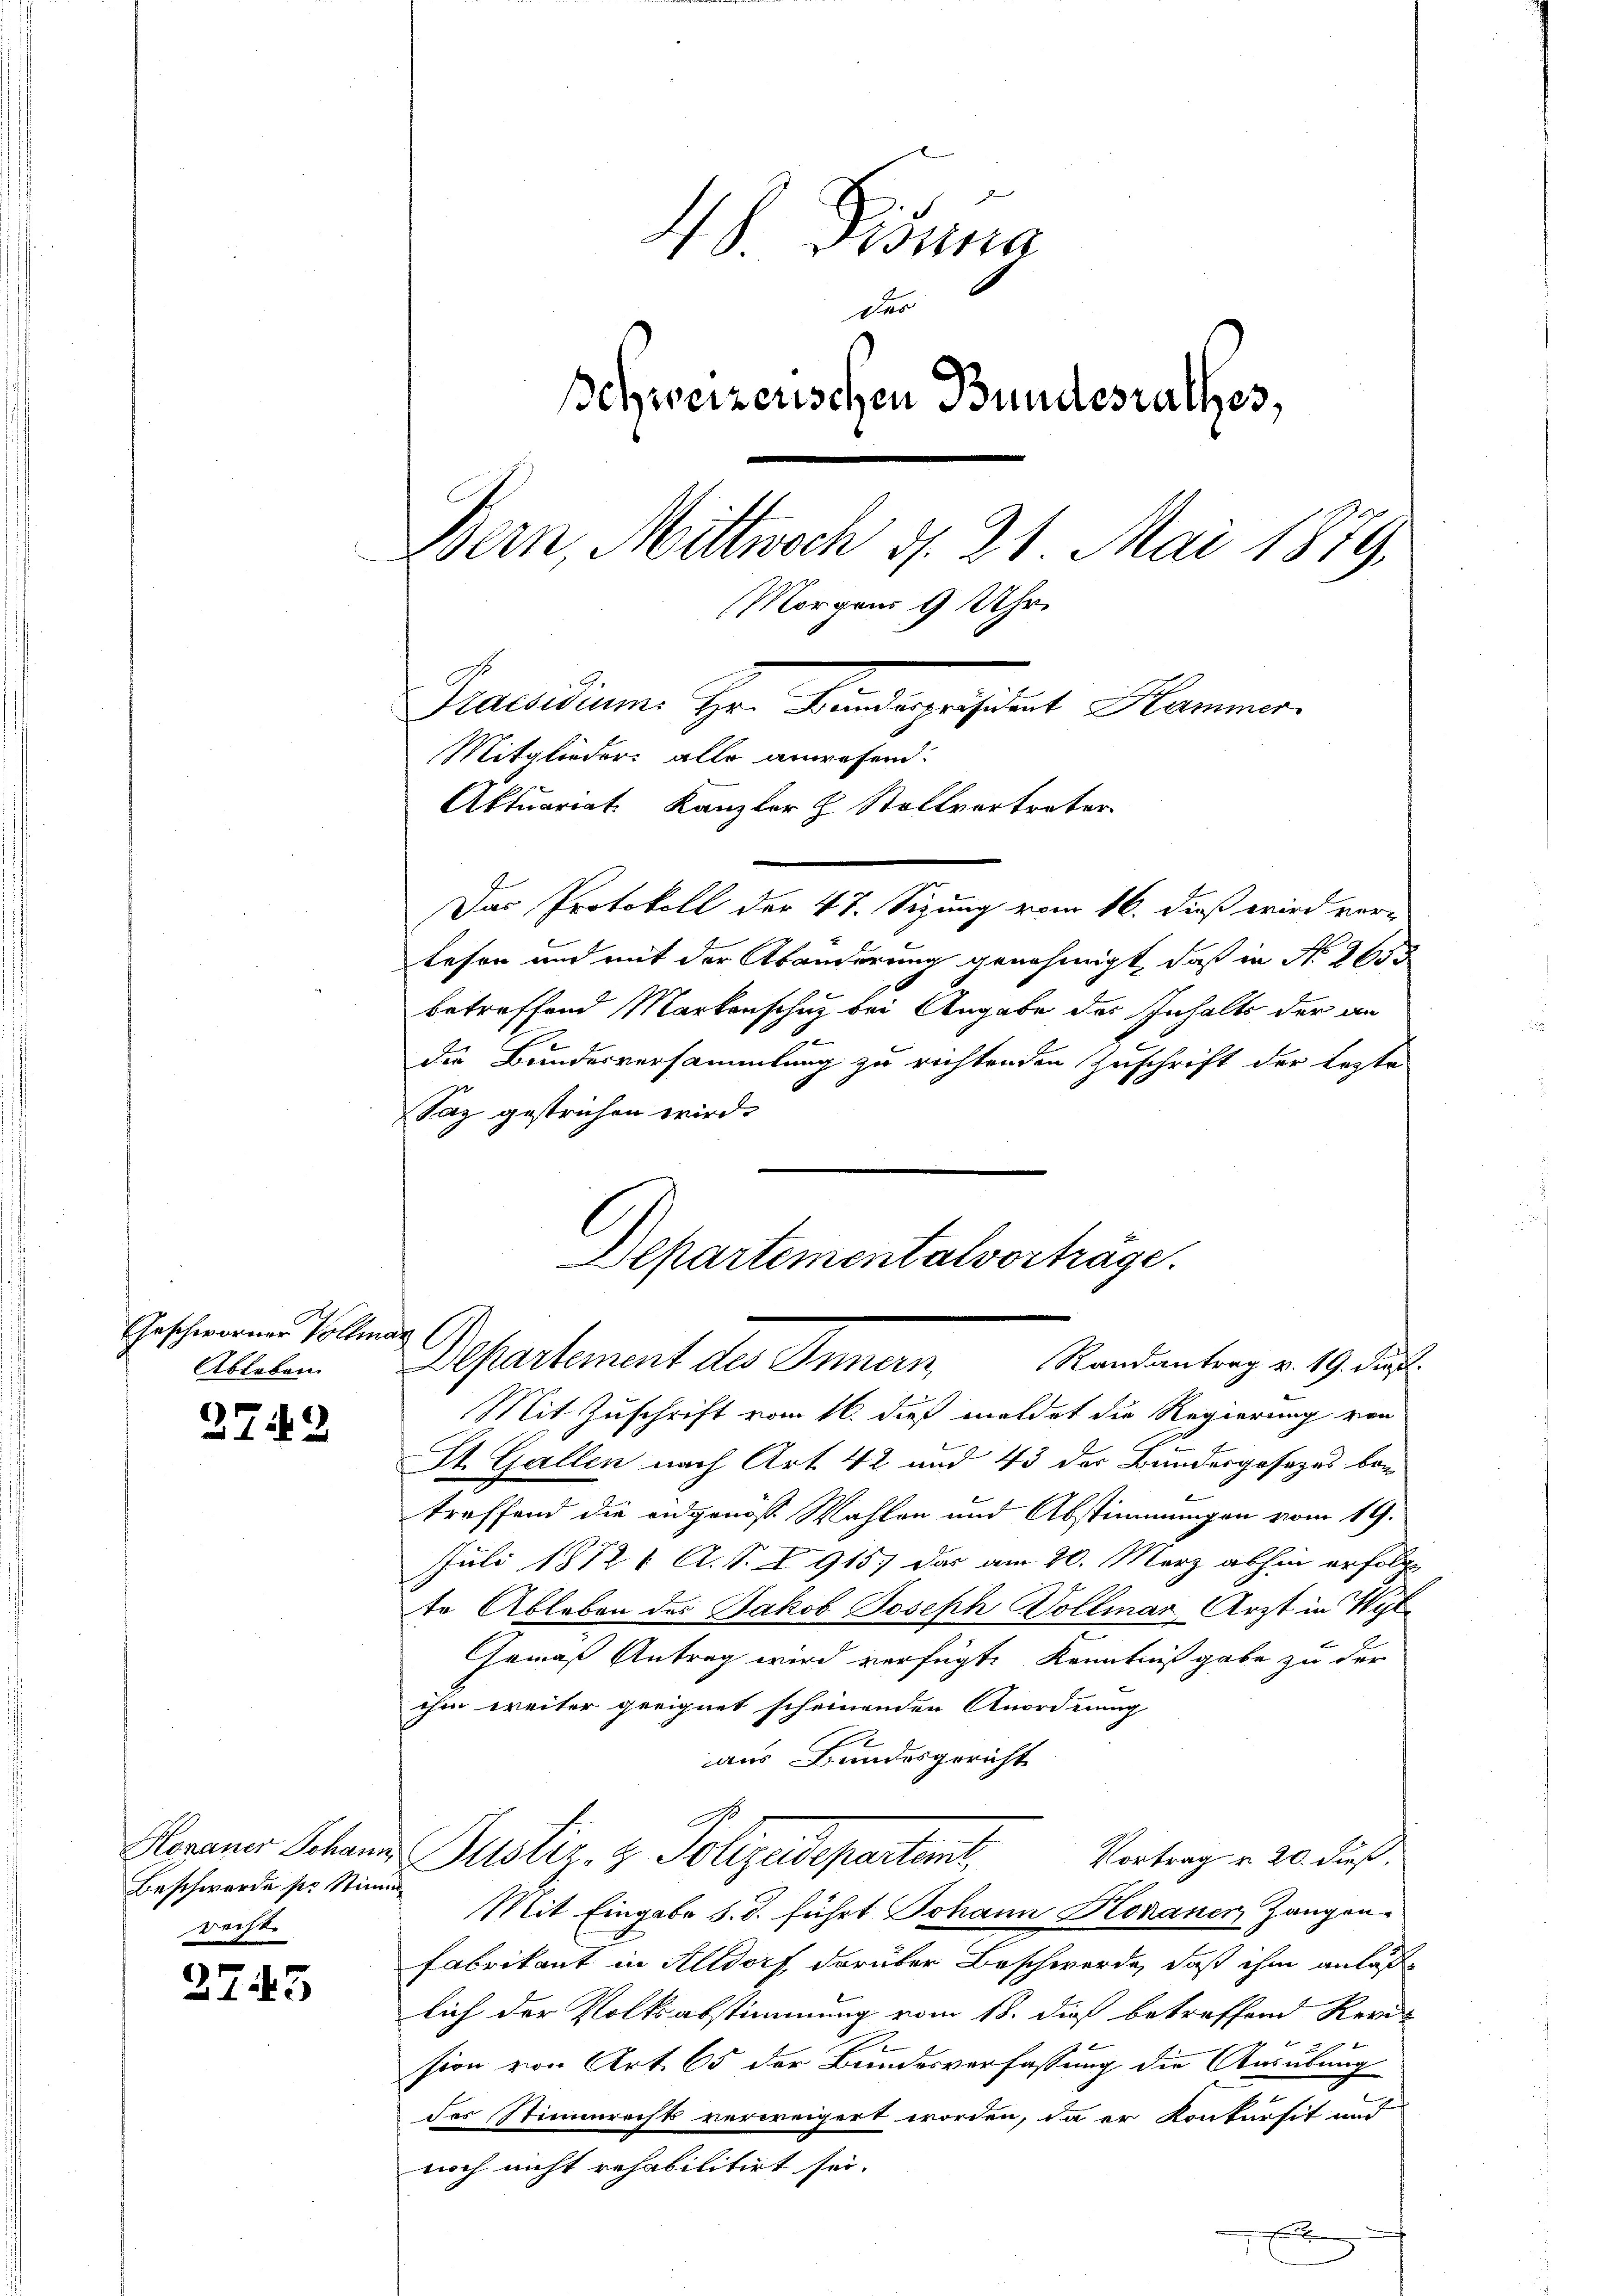
Geschworner Vollman

2742

Beschwerde pr Stimm
rechte

2745

48 Fidung
s
1.
schweizerischen Bundesrathes,
Bern Mittwoch d. 21. Mai 1879.
Morgens 9 Uhr
Jusidium. Hr. Kindeparirt Hammer.
Mitglieder: alle anwesend:
Aktuariat Kanzler H. Stollvertreter

Das Protokoll der 47. Sizung vom 16. dieß wird ver-
lesen und mit der Abänderung genehmigt, daß in No 3650
betreffend Markenschuz bei Angabe der Inhalts der an
e
die Bundesversammlung zu richtenden Zuschrift der Erste
Paz gestrichen wird.

Departementalvorträge.
Randantrag v. 19. dieß.
Ableben. Departement des Innern

Mit Zuschrift vom 16. dieß meldet die Regierung von
St. Gallen nach Art. 42 und 43 der Bundesgesezes betreffend die eidgenöss. Wahlen und Abstimmungen vom 19.
Juli 1872 f. A. S. 1915 das am 20. März abhin erfolg
te Ableben des Jakob Joseph Vollmar Arzt in Wyl
Gemäß Antrag wird verfügte Kenntniß gabe zu der
ihm weiter geeignet scheinenden Anordnung
aus Bundesgericht
G.
Horaner Schans Justiz- & Polizeidepartent,
Vortrag v. 20. dieß,
Mit Eingabe s. d. führt Johann Komaner, Zangen¬
Fabrikant in Altdorf, darüber Beschwerde, daß ihm anläßlich der Volksabstimmung vom 18. dieß betreffend Ker¬
A
sion von Art. 65 der Bundesverfassung die Ausübung
des Stimmrechts verweigert worden, da er Konkursit und
noch nicht rehabilitirt sei.
.